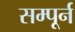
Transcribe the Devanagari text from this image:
सम्पूर्न